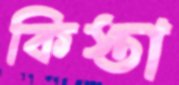
কিস্তা